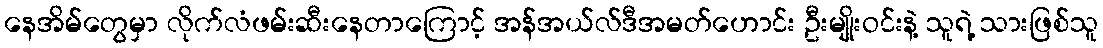
နေအိမ်တွေမှာ လိုက်လံဖမ်းဆီးနေတာကြောင့် အန်အယ်လ်ဒီအမတ်ဟောင်း ဦးမျိုးဝင်းနဲ့ သူရဲ့ သားဖြစ်သူ